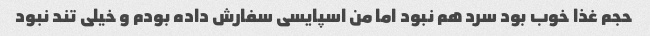
حجم غذا خوب بود سرد هم نبود اما من اسپایسی سفارش داده بودم و خیلی تند نبود